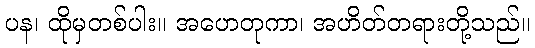
ပန၊ ထိုမှတစ်ပါး။ အဟေတုကာ၊ အဟိတ်တရားတို့သည်။